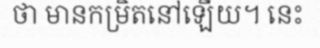
ថា មានកម្រិតនៅឡើយ។ នេះ